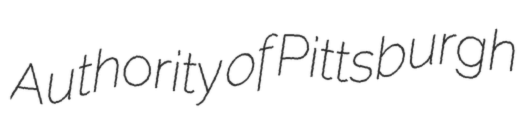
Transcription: Authority of Pittsburgh